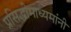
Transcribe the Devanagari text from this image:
प्रसिद्धीमाध्यमांनी